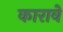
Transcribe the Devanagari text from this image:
कारावे